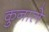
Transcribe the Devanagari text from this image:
कुनाले